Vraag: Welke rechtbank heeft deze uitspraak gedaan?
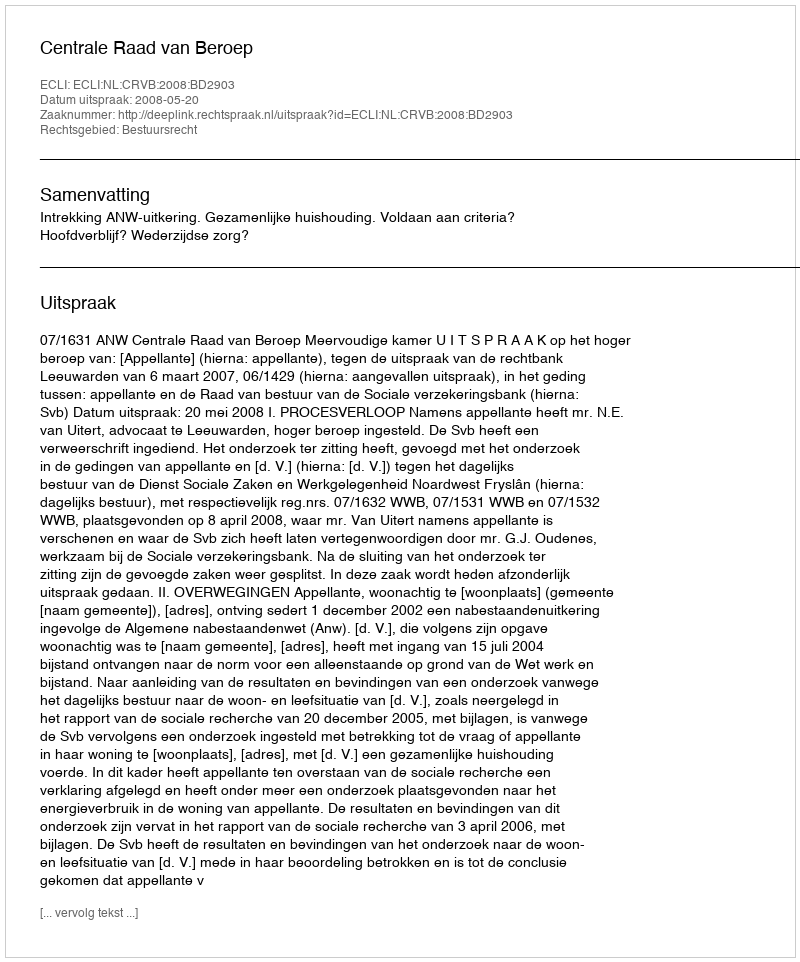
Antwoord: Centrale Raad van Beroep